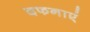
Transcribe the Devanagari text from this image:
दफनाएं